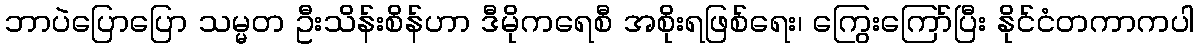
ဘာပဲပြောပြော သမ္မတ ဦးသိန်းစိန်ဟာ ဒီမိုကရေစီ အစိုးရဖြစ်ရေး၊ ကြွေးကြော်ပြီး နိုင်ငံတကာကပါ